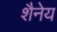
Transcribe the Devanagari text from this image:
शैनेय